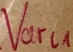
Text: Varl1